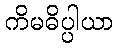
ကိမဓိပ္ပါယာ